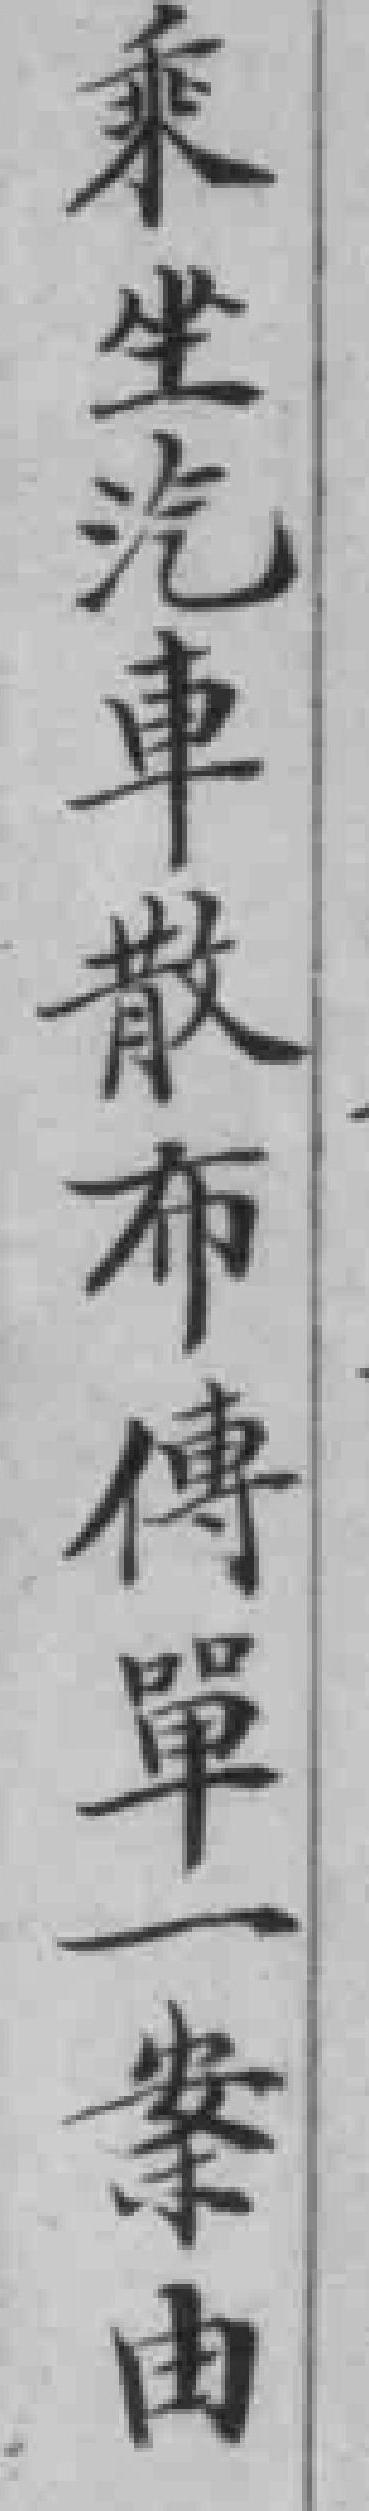
乘坐汽車散布傳單一案由